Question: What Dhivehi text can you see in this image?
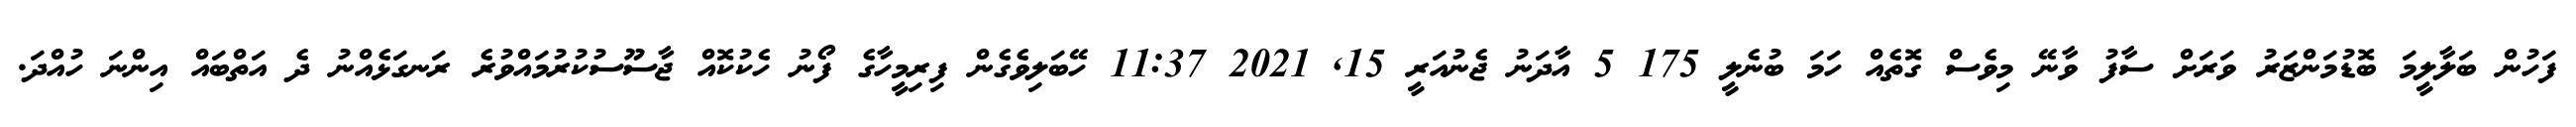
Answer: ފަހުން ބަލާލީމަ ބޮޑުމަންޒަރު ވަރަށް ސާފު ވާނޭ މިވެސް ގޮތެއް ހަމަ ބުނެލީ 175 5 އާދަނު ޖެނުއަރީ 15, 2021 11:37 ހޭބަލިވެގެން ފިރިމީހާގެ ފޯނު ހެކުކޮއް ޖާސޫސުކުރުމައްވުރެ ރަނގަޅެއްނު ދެ އަތްބައް އިންނަ ހުއްދަ.